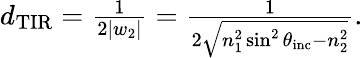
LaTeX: \begin{array}{r}{d_{\mathrm{TIR}}=\frac{1}{2\left\vert w_{2}\right\vert}=\frac{1}{2\sqrt{n_{1}^{2}\sin^{2}\theta_{\mathrm{inc}}-n_{2}^{2}}}.}\end{array}